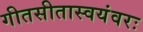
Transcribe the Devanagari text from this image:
गीतसीतास्वयंवरः